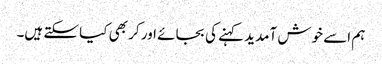
ہم اسے خوش آمدید کہنے کی بجائے اور کر بھی کیا سکتے ہیں۔